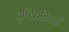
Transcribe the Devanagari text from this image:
दृष्टितंत्रिकाएँ